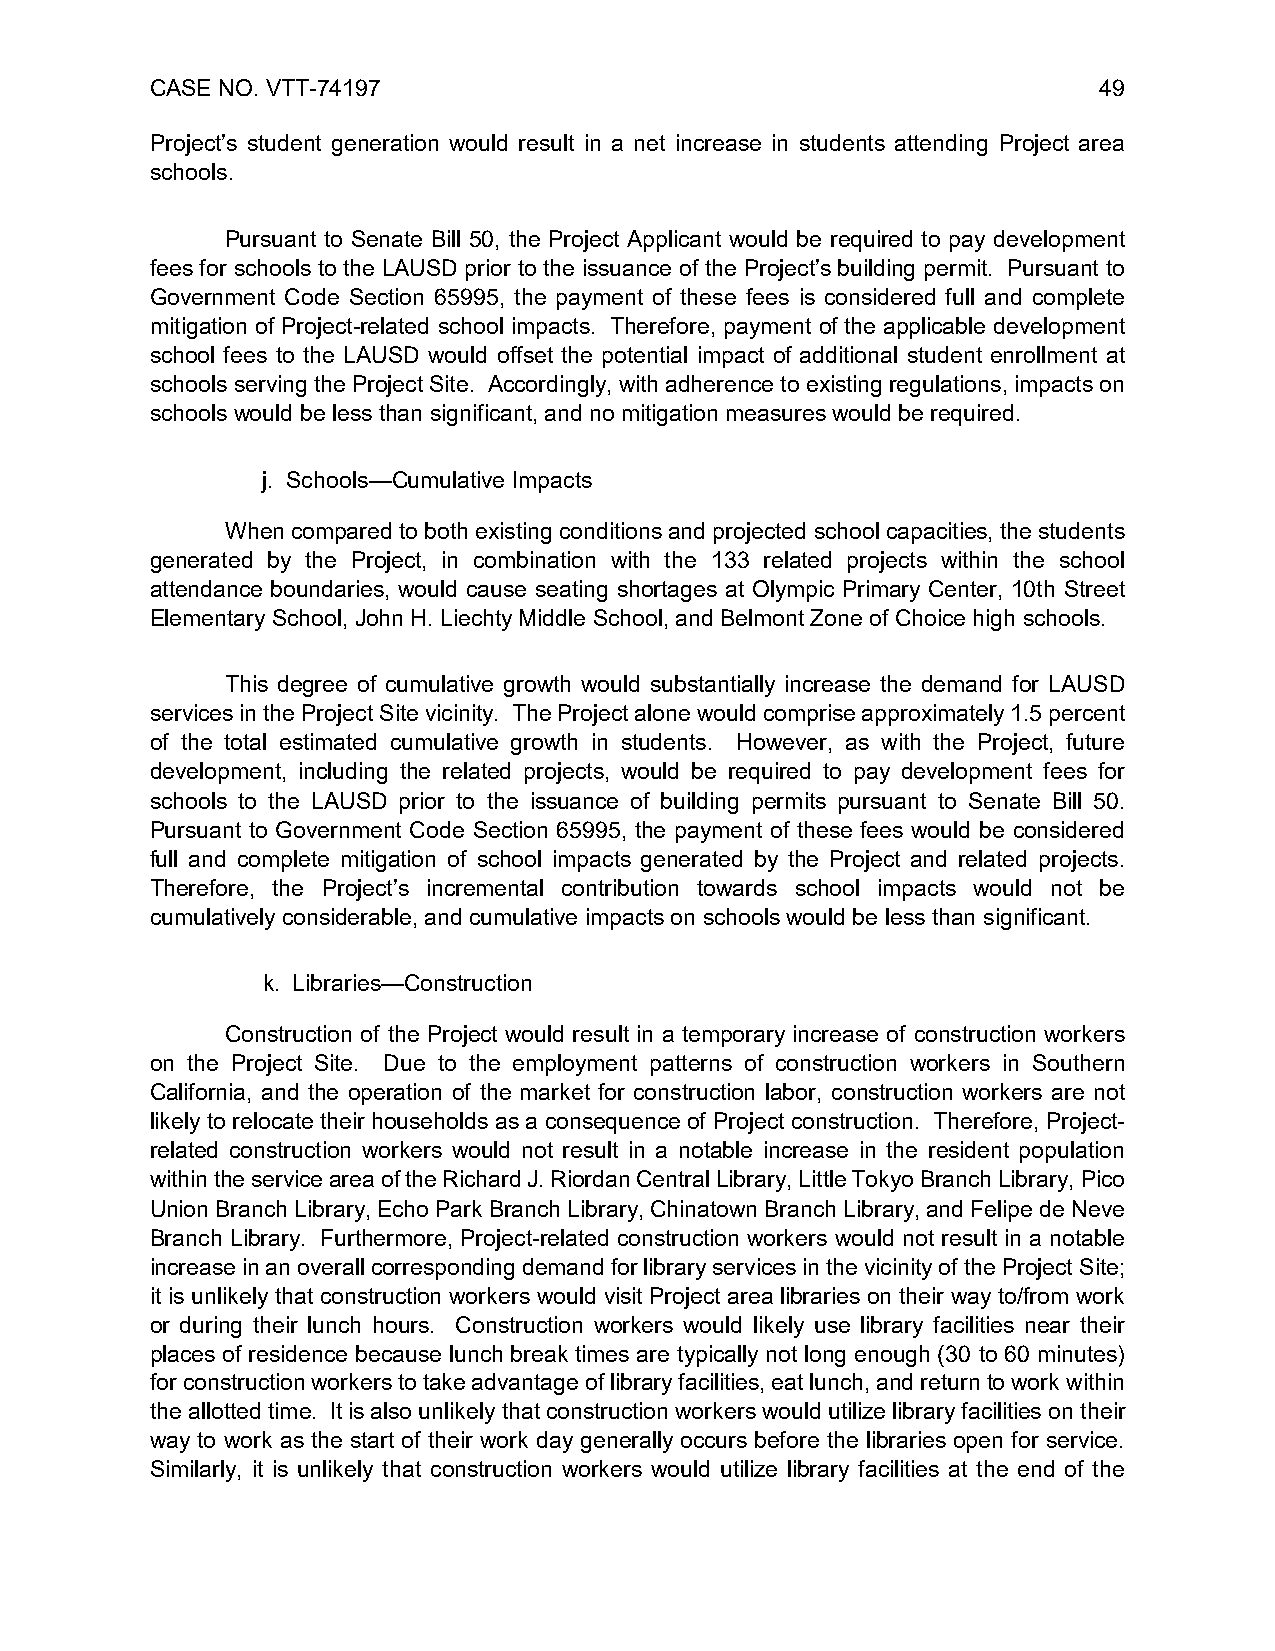
CASE NO. VTT-74197                                             49
 Project’s student generation would result in a net increase in students attending Project area
 schools.
 Pursuant to Senate Bill 50, the Project Applicant would be required to pay development
 fees for schools to the LAUSD prior to the issuance of the Project’s building permit. Pursuant to
 Government Code Section 65995, the payment of these fees is considered full and complete
 mitigation of Project-related school impacts. Therefore, payment of the applicable development
 school fees to the LAUSD would offset the potential impact of additional student enrollment at
 schools serving the Project Site. Accordingly, with adherence to existing regulations, impacts on
 schools would be less than significant, and no mitigation measures would be required.
 j. Schools—Cumulative Impacts
 When compared to both existing conditions and projected school capacities, the students
 generated by the Project, in combination with the 133 related projects within the school
 attendance boundaries, would cause seating shortages at Olympic Primary Center, 10th Street
 Elementary School, John H. Liechty Middle School, and Belmont Zone of Choice high schools.
 This degree of cumulative growth would substantially increase the demand for LAUSD
 services in the Project Site vicinity. The Project alone would comprise approximately 1.5 percent
 of the total estimated cumulative growth in students. However, as with the Project, future
 development, including the related projects, would be required to pay development fees for
 schools to the LAUSD prior to the issuance of building permits pursuant to Senate Bill 50.
 Pursuant to Government Code Section 65995, the payment of these fees would be considered
 full and complete mitigation of school impacts generated by the Project and related projects.
 Therefore, the Project’s incremental contribution towards school impacts would not be
 cumulatively considerable, and cumulative impacts on schools would be less than significant.
 k. Libraries—Construction
 Construction of the Project would result in a temporary increase of construction workers
 on the Project Site. Due to the employment patterns of construction workers in Southern
 California, and the operation of the market for construction labor, construction workers are not
 likely to relocate their households as a consequence of Project construction. Therefore, Project-
 related construction workers would not result in a notable increase in the resident population
 within the service area of the Richard J. Riordan Central Library, Little Tokyo Branch Library, Pico
 Union Branch Library, Echo Park Branch Library, Chinatown Branch Library, and Felipe de Neve
 Branch Library. Furthermore, Project-related construction workers would not result in a notable
 increase in an overall corresponding demand for library services in the vicinity of the Project Site;
 it is unlikely that construction workers would visit Project area libraries on their way to/from work
 or during their lunch hours. Construction workers would likely use library facilities near their
 places of residence because lunch break times are typically not long enough (30 to 60 minutes)
 for construction workers to take advantage of library facilities, eat lunch, and return to work within
 the allotted time. It is also unlikely that construction workers would utilize library facilities on their
 way to work as the start of their work day generally occurs before the libraries open for service.
 Similarly, it is unlikely that construction workers would utilize library facilities at the end of the